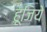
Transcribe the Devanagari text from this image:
हूजिये